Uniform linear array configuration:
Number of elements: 32
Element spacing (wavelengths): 1
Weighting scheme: kaiser
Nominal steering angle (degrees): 60
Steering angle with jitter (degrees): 58.079
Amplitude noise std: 0.05
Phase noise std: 0.05

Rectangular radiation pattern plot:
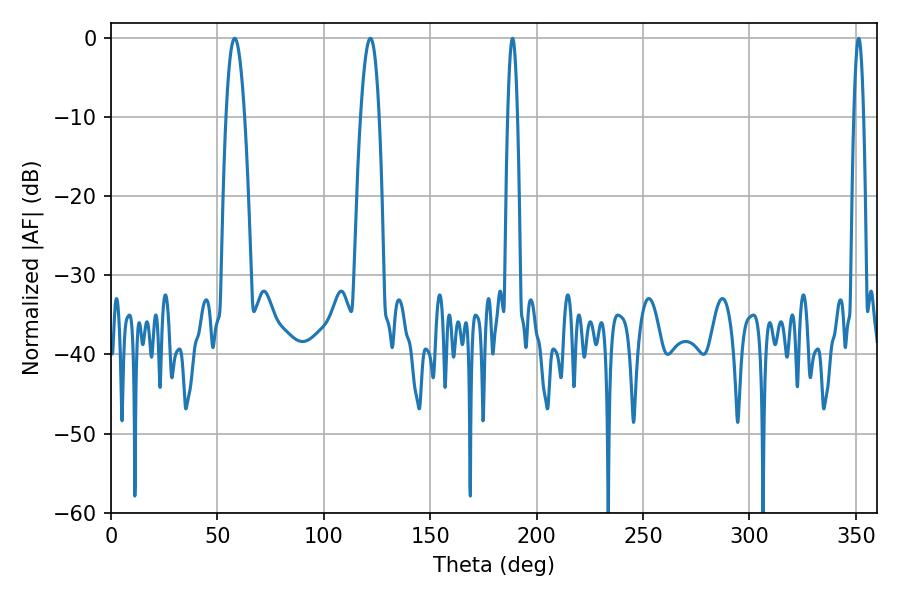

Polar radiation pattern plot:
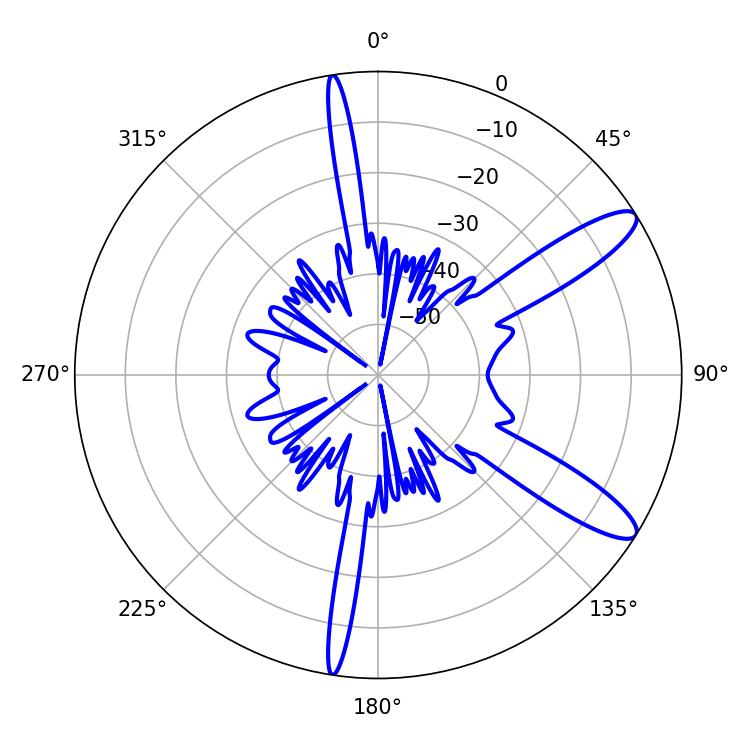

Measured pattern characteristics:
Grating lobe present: TRUE
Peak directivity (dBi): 11.551
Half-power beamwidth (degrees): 4.86
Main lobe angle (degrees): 58.14